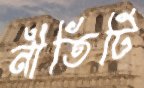
নীতিটি